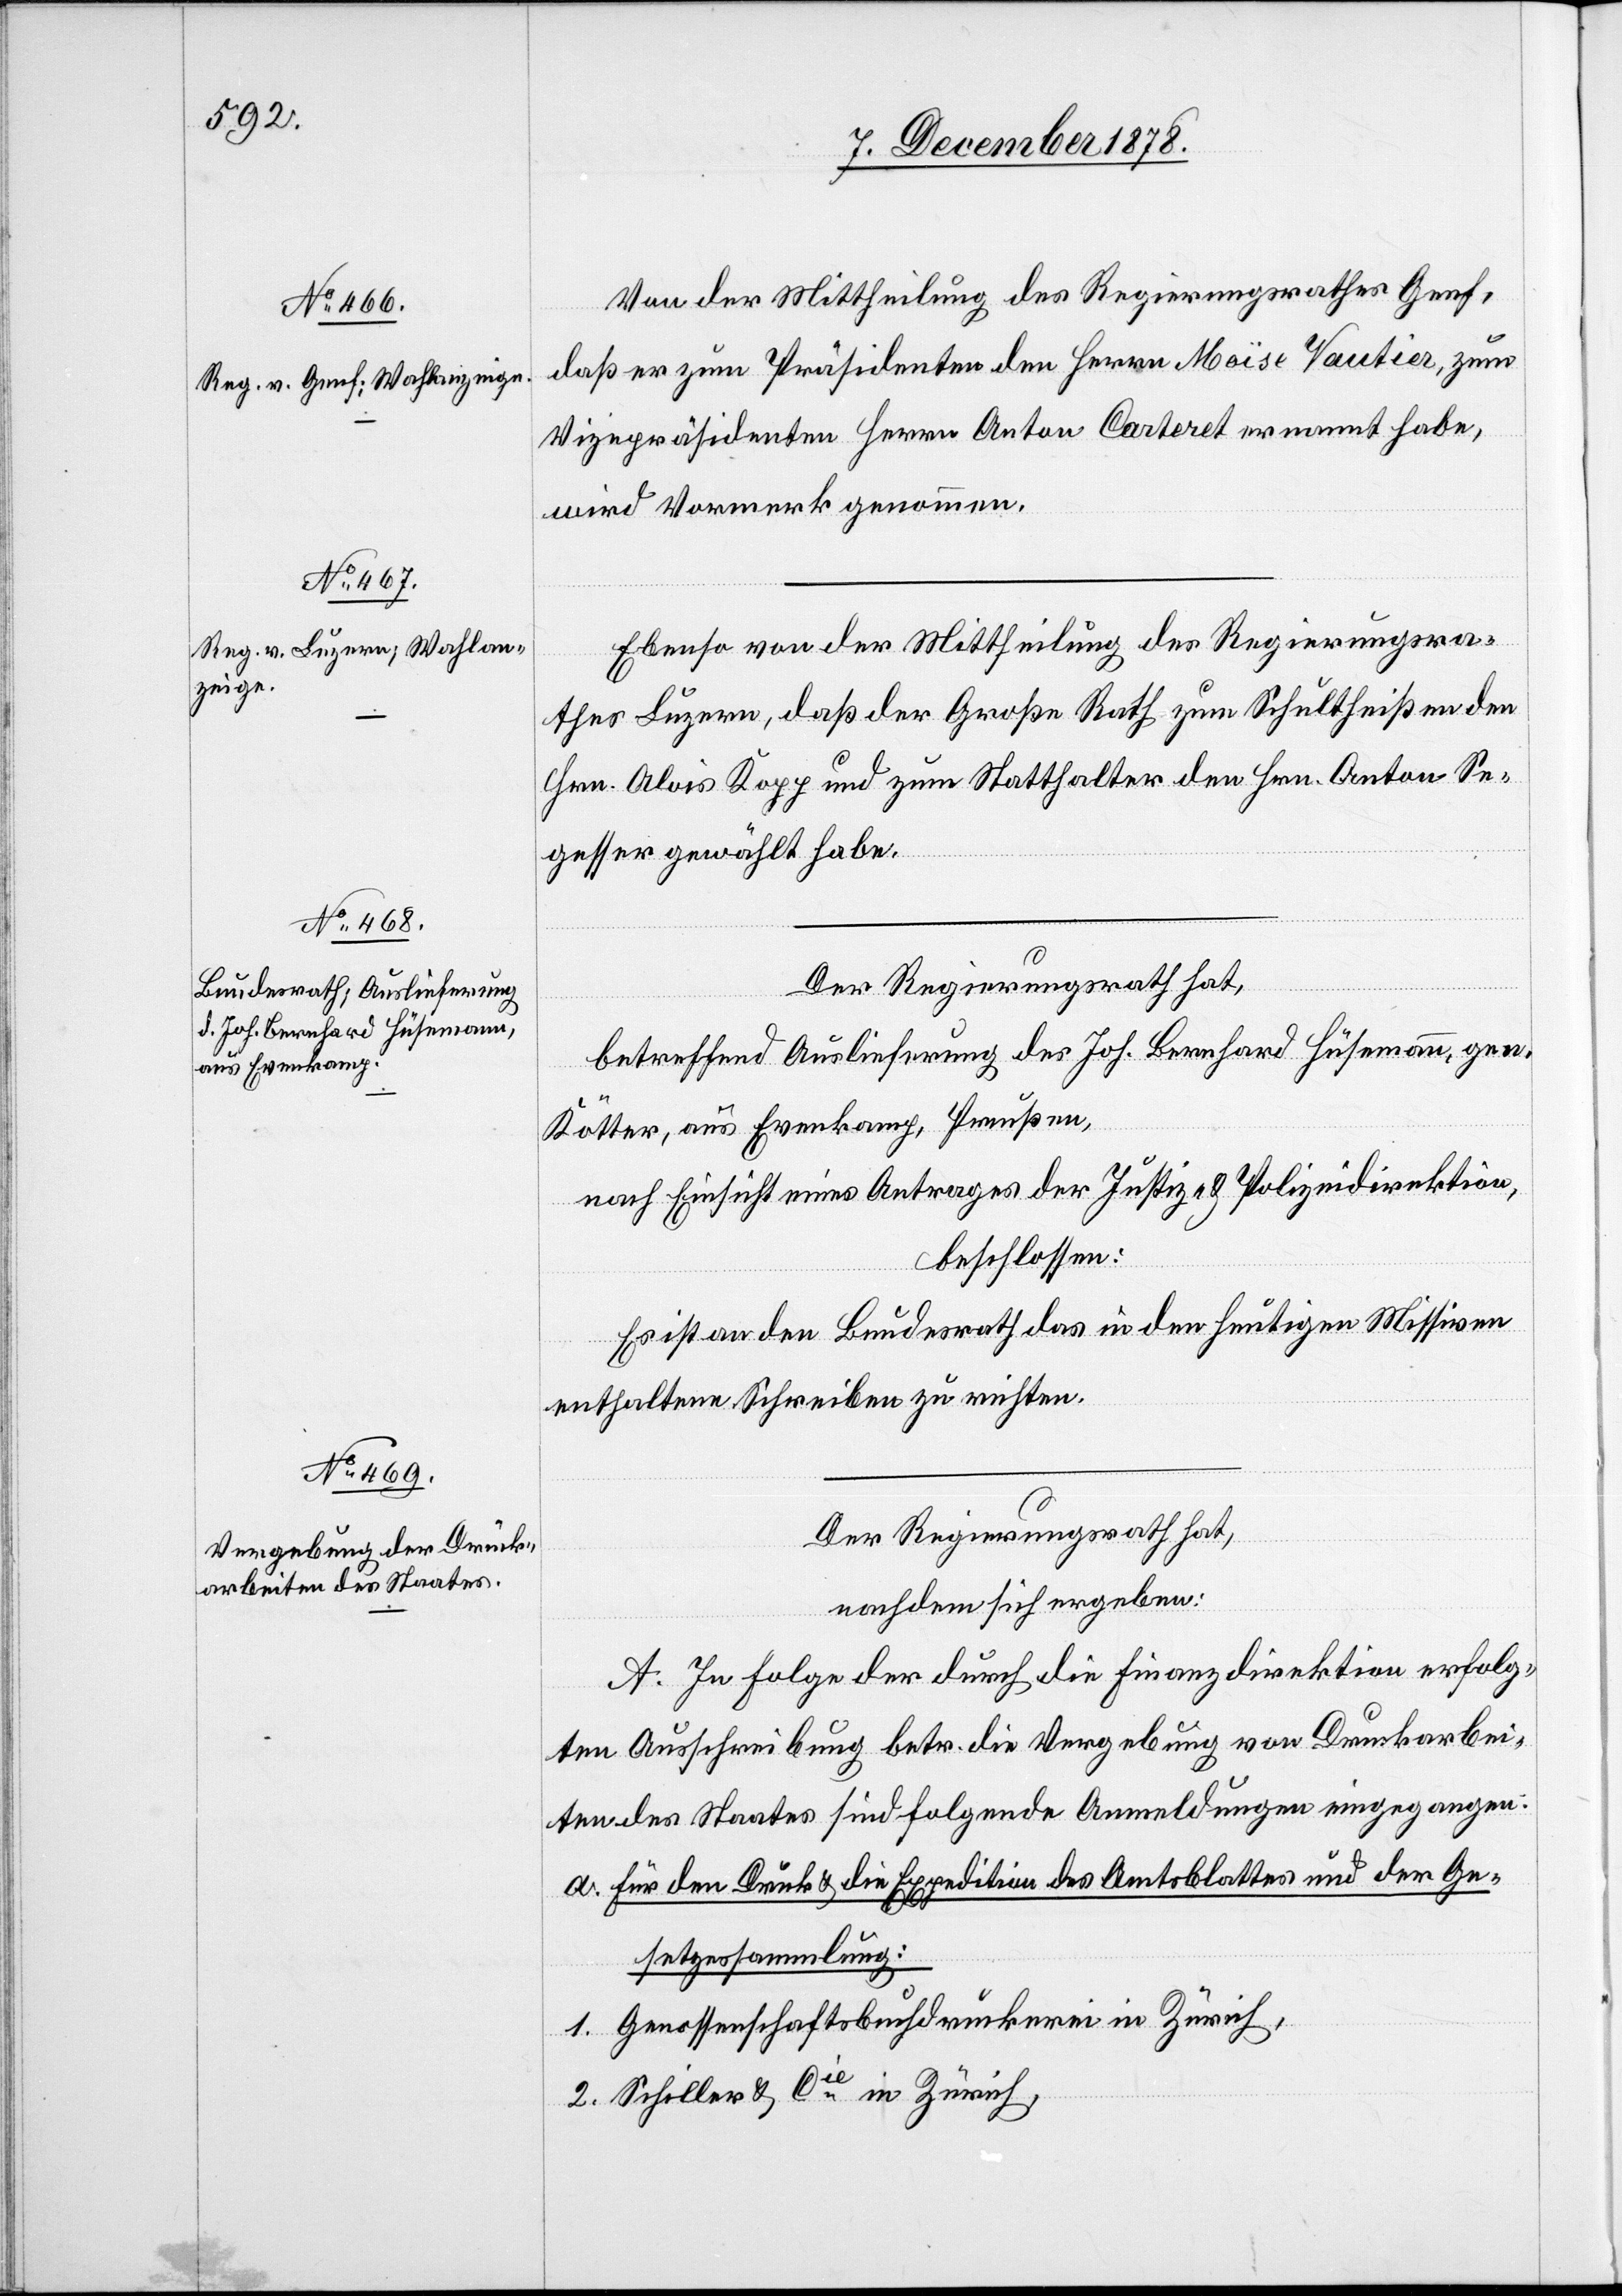
Von der Mittheilung des Regierungsrathes Genf,
daß er zum Präsidenten den Herrn Moïse Vautier, zum
Vizepräsidenten Herrn Anton Carteret ernannt habe,
wird Vormerk genommen.
Ebenso von der Mittheilung des Regierungsra¬
thes Luzern, daß der Große Rath zum Schultheißen den
Hrn. Alois Kopp und zum Statthalter den Hrn. Anton Se¬
gesser gewählt habe.
Der Regierungsrath hat,
betreffend Auslieferung des Joh. Bernhard Hüsemann, gew.
Kötter, aus Evenkamp, Preußen,
nach Einsicht eines Antrages der Justiz- & Polizeidirektion,
beschlossen:
Es ist an den Bundesrath das in den heutigen Missiven
enthaltene Schreiben zu richten.
Der Regierungsrath hat,
nachdem sich ergeben:
A. In Folge der durch die Finanzdirektion erfolg¬
ten Ausschreibung betr. die Vergebung on Druckarbei¬
ten des Staates sind folgende Anmeldungen eingegangen:
a. Für den Druck & die Expedition des Amtsblattes und der Ge¬
setzessammlung:
1. Genossenschaftsbuchdruckerei in Zürich,
2. Schiller & Cie in Zürich,